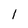
Character: 1